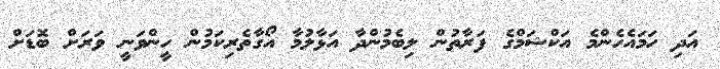
އަދި ހަމައެހެންމެ އަކްޝަމްގެ ފަރާތުން ލިބެމުންދާ އަޅާލުމާ އޯގާތެރިކަމުން ހީންވަނީ ވަރަށް ބޮޑަށް